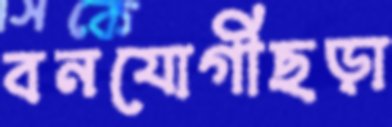
বনযোগীছড়া